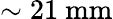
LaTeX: \sim 21\ \mathrm{mm}